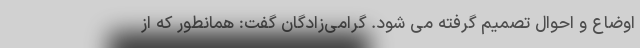
اوضاع و احوال تصمیم گرفته می شود. گرامی‌زادگان گفت: همانطور که از